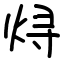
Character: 𬊈